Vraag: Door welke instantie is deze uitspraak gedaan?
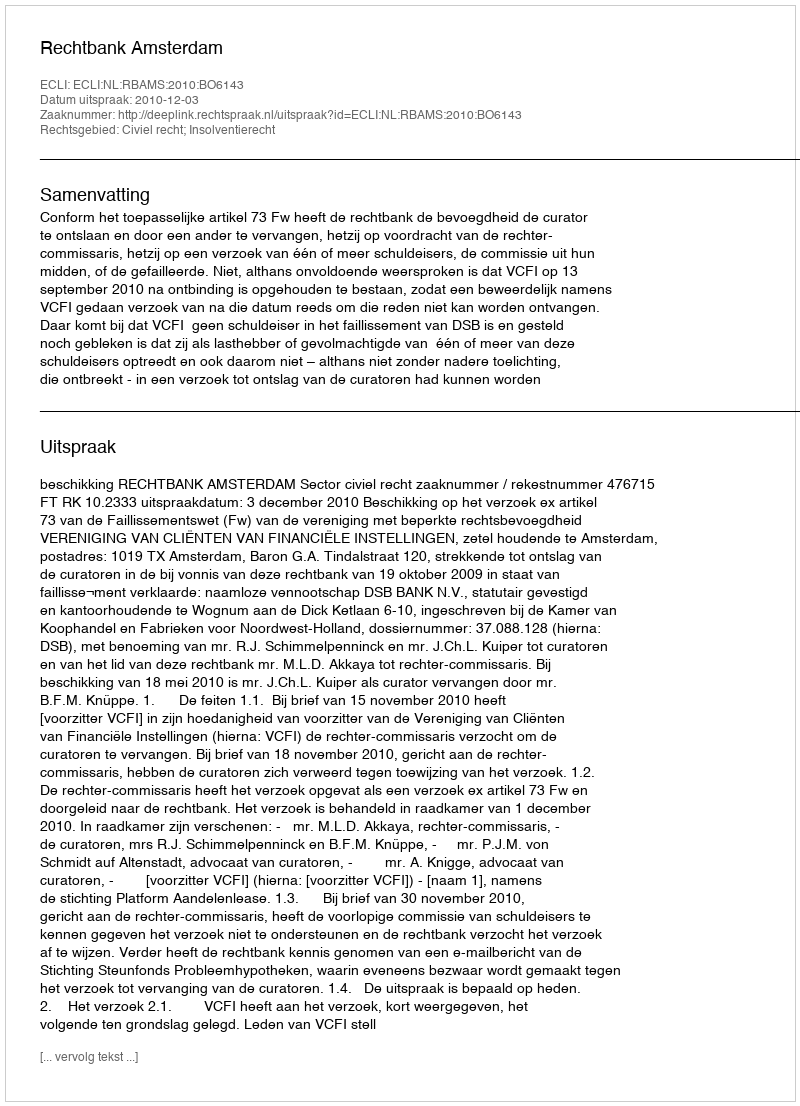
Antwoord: Rechtbank Amsterdam